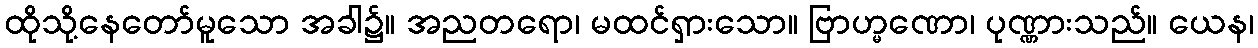
ထိုသို့နေတော်မူသော အခါ၌။ အညတရော၊ မထင်ရှားသော။ ဗြာဟ္မဏော၊ ပုဏ္ဏားသည်။ ယေန၊